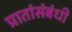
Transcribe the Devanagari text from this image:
प्रातांसंबंधी